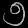
Digit: ၅